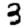
Digit: 3